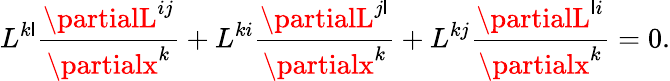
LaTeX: L^{k\mathsf{l}}\frac{{\partialL^{ij}}}{{\partialx^{k}}}+L^{ki}\frac{{\partialL^{j\mathsf{l}}}}{{\partialx^{k}}}+L^{kj}\frac{{\partialL^{\mathsf{l}i}}}{{\partialx^{k}}}=0.